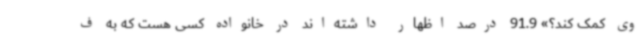
وی کمک کند؟» 91.9 درصد اظهار داشته‌اند در خانواده کسی هست که به ف